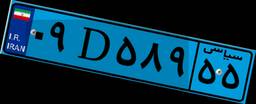
۰۹D۵۸۹۵۵